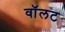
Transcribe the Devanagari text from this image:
वॉलट